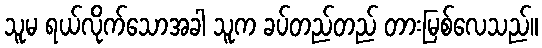
သူမ ရယ်လိုက်သောအခါ သူက ခပ်တည်တည် တားမြစ်လေသည်။